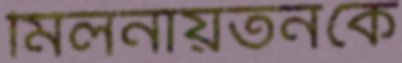
মিলনায়তনকে